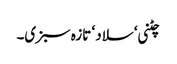
چٹنی ‘ سلاد ‘ تازہ سبزی۔